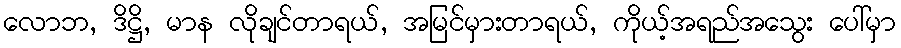
လောဘ, ဒိဋ္ဌိ, မာန လိုချင်တာရယ်, အမြင်မှားတာရယ်, ကိုယ့်အရည်အသွေး ပေါ်မှာ